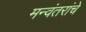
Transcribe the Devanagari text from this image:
मन्वंतरांचे